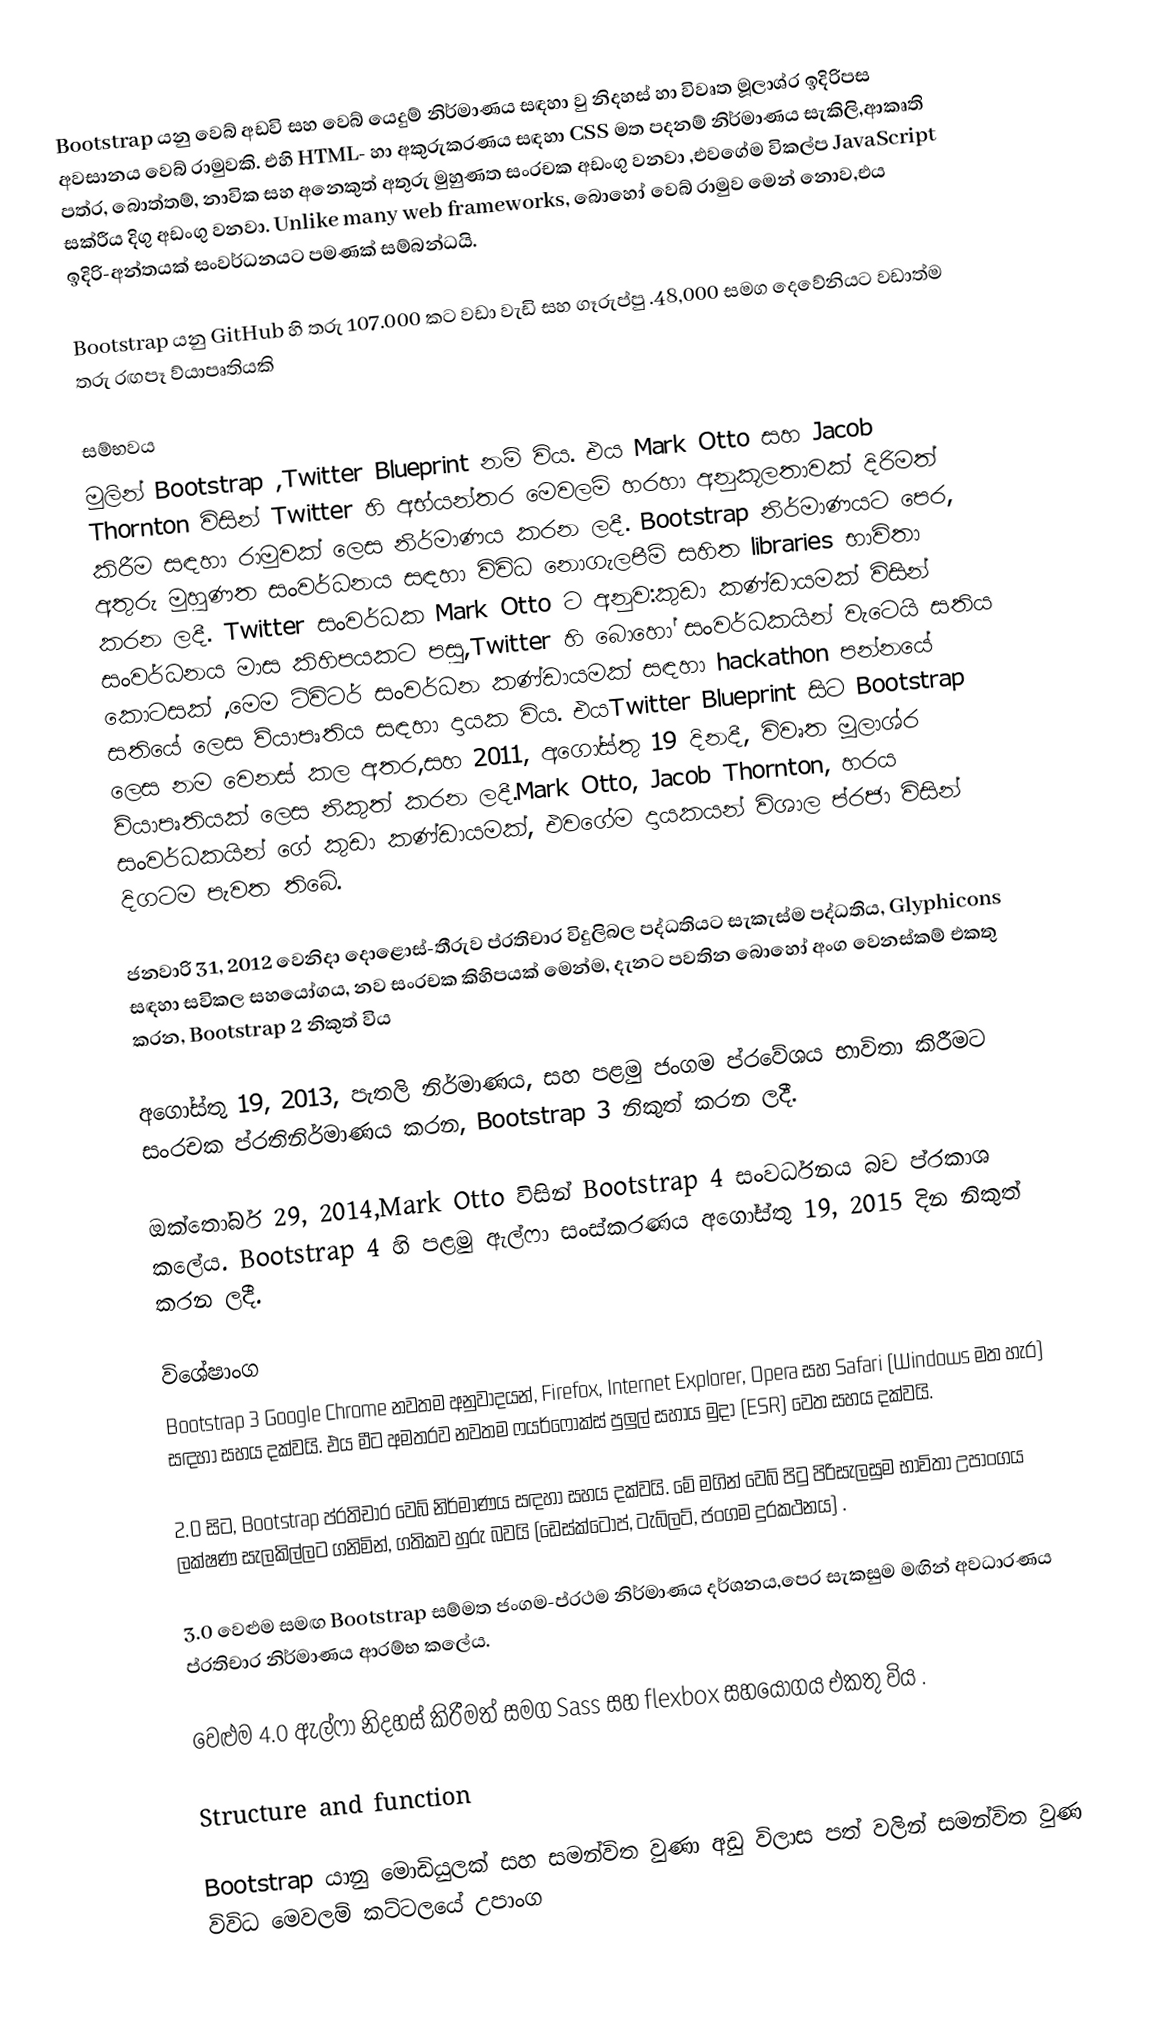
Bootstrap යනු වෙබ් අඩවි සහ වෙබ් යෙදුම් නිර්මාණය සඳහා වු නිදහස් හා විවෘත මූලාශ්ර ඉදිරිපස අවසානය වෙබ් රාමුවකි. එහි HTML- හා අකුරුකරණය සඳහා CSS මත පදනම් නිර්මාණය සැකිලි,ආකෘති පත්ර, බොත්තම්, නාවික සහ අනෙකුත් අතුරු මුහුණත සංරචක  අඩංගු වනවා ,එවගේම විකල්ප JavaScript සක්රීය දිගු අඩංගු වනවා. Unlike many web frameworks, බොහෝ වෙබ් රාමුව මෙන් නොව,එය ඉදිරි-අන්තයක් සංවර්ධනයට  පමණක් සම්බන්ධයි.

Bootstrap යනු GitHub හි තරු 107.000 කට වඩා වැඩි සහ ගෑරුප්පු .48,000 සමග දෙවේනියට වඩාත්ම තරු රඟපෑ ව්යාපෘතියකි

සම්භවය
මුලින් Bootstrap ,Twitter Blueprint නම් විය. එය Mark Otto සහ  Jacob Thornton විසින් Twitter හි අභ්යන්තර මෙවලම් හරහා අනුකූලතාවක් දිරිමත් කිරීම සඳහා රාමුවක් ලෙස නිර්මාණය කරන ලදී. Bootstrap නිර්මාණයට  පෙර, අතුරු මුහුණත සංවර්ධනය සඳහා විවිධ නොගැලපීම් සහිත libraries භාවිතා කරන ලදී. Twitter සංවර්ධක  Mark Otto ට  අනුව:කුඩා කණ්ඩායමක් විසින් සංවර්ධනය මාස කිහිපයකට පසු,Twitter හි බොහෝ සංවර්ධකයින් වැටෙයි සතිය කොටසක් ,මෙම ට්විටර් සංවර්ධන කණ්ඩායමක් සඳහා hackathon පන්නයේ සතියේ ලෙස ව්යාපෘතිය සඳහා දායක විය. එයTwitter Blueprint සිට Bootstrap ලෙස නම වෙනස් කල අතර,සහ 2011, අගෝස්තු 19 දිනදී, විවෘත මූලාශ්ර ව්යාපෘතියක් ලෙස නිකුත් කරන ලදී.Mark Otto, Jacob Thornton, හරය සංවර්ධකයින් ගේ කුඩා කණ්ඩායමක්, එවගේම දායකයන් විශාල ප්රජා විසින්  දිගටම පැවත තිබේ.

ජනවාරි 31, 2012 වෙනිදා දොළොස්-තීරුව ප්රතිචාර විදුලිබල පද්ධතියට සැකැස්ම පද්ධතිය, Glyphicons සඳහා සවිකල සහයෝගය, නව සංරචක කිහිපයක් මෙන්ම, දැනට පවතින බොහෝ අංග වෙනස්කම් එකතු කරන, Bootstrap 2 නිකුත් විය

අගෝස්තු 19, 2013, පැතලි නිර්මාණය, සහ පළමු ජංගම ප්රවේශය භාවිතා කිරීමට සංරචක ප්රතිනිර්මාණය කරන, Bootstrap 3 නිකුත් කරන ලදී.

ඔක්තෝබර් 29, 2014,Mark Otto විසින් Bootstrap 4 සංවර්ධනය බව ප්රකාශ කලේය. Bootstrap 4 හි  පළමු ඇල්ෆා සංස්කරණය අගෝස්තු 19, 2015 දින නිකුත් කරන ලදී.

විශේෂාංග
Bootstrap 3  Google Chrome නවතම අනුවාදයන්, Firefox, Internet Explorer, Opera සහ Safari (Windows මත හැර)  සඳහා සහය දක්වයි. එය මීට අමතරව නවතම ෆයර්ෆොක්ස් පුලුල් සහාය මුදා (ESR) වෙත සහය දක්වයි.

2.0 සිට, Bootstrap ප්රතිචාර වෙබ් නිර්මාණය සඳහා සහය දක්වයි. මේ මගින් වෙබ් පිටු පිරිසැලසුම භාවිතා උපාංගය ලක්ෂණ සැලකිල්ලට ගනිමින්, ගතිකව හුරු බවයි (ඩෙස්ක්ටොප්, ටැබ්ලට්, ජංගම දුරකථනය) .

3.0 වෙළුම සමඟ Bootstrap සම්මත ජංගම-ප්රථම නිර්මාණය දර්ශනය,පෙර සැකසුම මඟින් අවධාරණය ප්රතිචාර නිර්මාණය ආරම්භ කලේය.

වෙළුම 4.0 ඇල්ෆා නිදහස් කිරීමත් සමග Sass සහ flexbox සහයෝගය එකතු විය .

Structure and function

Bootstrap යානු මොඩියුලක් සහ  සමන්විත වුණා  අඩු විලාස පත්  වලින් සමන්විත වුණ   විවිධ මෙවලම් කට්ටලයේ උපාංග